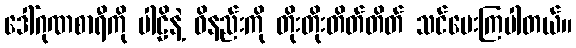
ဒေါ်ဂုဏစာရီကို ပါဠိနဲ့ ဝိနည်းကို တိုးတိုးတိတ်တိတ် သင်ပေးကြပါတယ်။